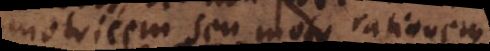
motricem seu motus rationem